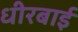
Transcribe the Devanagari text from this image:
धीरबाई